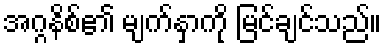
အဂ္ဂနိစ်၏ မျက်နှာကို မြင်ချင်သည်။